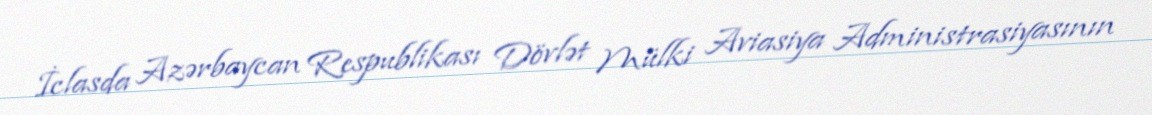
İclasda Azərbaycan Respublikası Dövlət Mülki Aviasiya Administrasiyasının